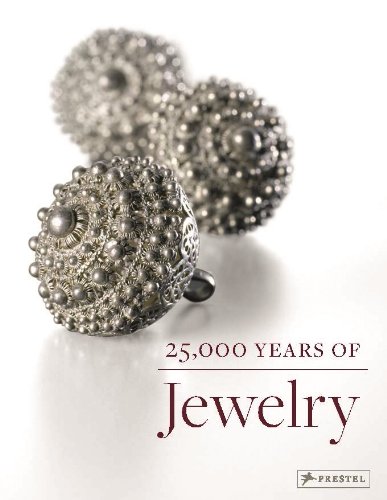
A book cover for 25,000 Years of Jewelry; Crafts, Hobbies & Home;